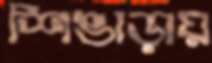
শিঙাড়ায়